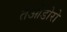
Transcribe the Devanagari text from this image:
तेओडोरो